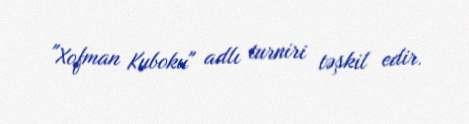
"Xofman Kuboku" adlı turniri təşkil edir.